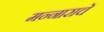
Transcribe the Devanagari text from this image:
मन्नाराचे